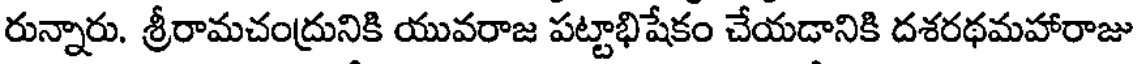
రున్నారు. శ్రీరామచంద్రునికి యువరాజ పట్టాభిషేకం చేయడానికి దశరథమహారాజు